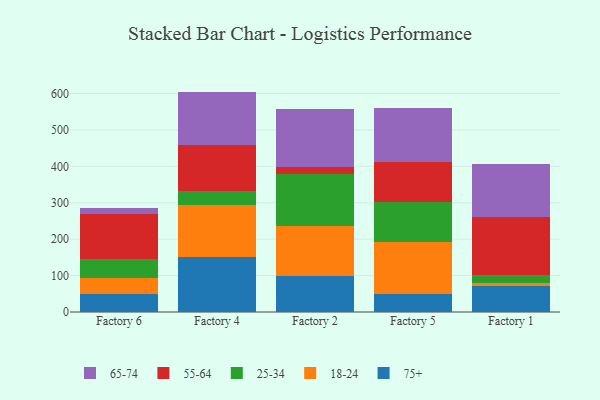
{"axis": {"x": "Factory", "y": "Page Views"}, "legend": ["18-24", "25-34", "55-64", "65-74", "75+"], "data": [{"x": "Factory 6", "y": 49.7, "type": "75+"}, {"x": "Factory 6", "y": 44.5, "type": "18-24"}, {"x": "Factory 6", "y": 50.9, "type": "25-34"}, {"x": "Factory 6", "y": 124.8, "type": "55-64"}, {"x": "Factory 6", "y": 16.3, "type": "65-74"}, {"x": "Factory 4", "y": 150.9, "type": "75+"}, {"x": "Factory 4", "y": 141.9, "type": "18-24"}, {"x": "Factory 4", "y": 40.2, "type": "25-34"}, {"x": "Factory 4", "y": 125.1, "type": "55-64"}, {"x": "Factory 4", "y": 147.0, "type": "65-74"}, {"x": "Factory 2", "y": 98.2, "type": "75+"}, {"x": "Factory 2", "y": 136.6, "type": "18-24"}, {"x": "Factory 2", "y": 145.4, "type": "25-34"}, {"x": "Factory 2", "y": 18.2, "type": "55-64"}, {"x": "Factory 2", "y": 157.6, "type": "65-74"}, {"x": "Factory 5", "y": 50.3, "type": "75+"}, {"x": "Factory 5", "y": 140.7, "type": "18-24"}, {"x": "Factory 5", "y": 110.0, "type": "25-34"}, {"x": "Factory 5", "y": 111.6, "type": "55-64"}, {"x": "Factory 5", "y": 147.5, "type": "65-74"}, {"x": "Factory 1", "y": 71.3, "type": "75+"}, {"x": "Factory 1", "y": 7.8, "type": "18-24"}, {"x": "Factory 1", "y": 21.7, "type": "25-34"}, {"x": "Factory 1", "y": 160.3, "type": "55-64"}, {"x": "Factory 1", "y": 144.3, "type": "65-74"}]}